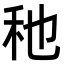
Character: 䄬